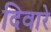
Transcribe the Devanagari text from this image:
दिवारे